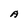
Character: A